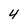
Character: 4